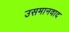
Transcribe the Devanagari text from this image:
उसमानवाद